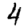
Digit: 4